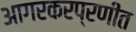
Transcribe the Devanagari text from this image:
आगरकरप्रणीत